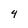
Character: 4